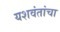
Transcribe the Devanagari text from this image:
यशवंतांचा